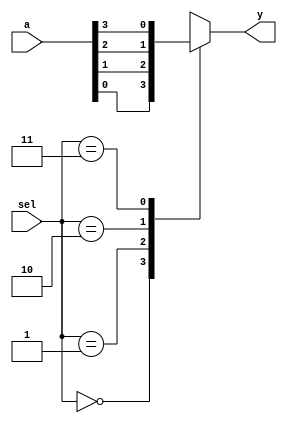
module mux4to1(
    input [3:0] a,       // 4-bit input
    input [1:0] sel,     // 2-bit selection line
    output reg y         // 1-bit output
);

always @(*) begin
    case(sel)
        2'b00: y = a[0];
        2'b01: y = a[1];
        2'b10: y = a[2];
        2'b11: y = a[3];
        default: y = 1'bx; // Undefined state
    endcase
end

endmodule